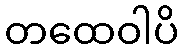
တထေဝါပိ